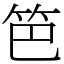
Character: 笆